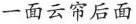
一面云帘后面